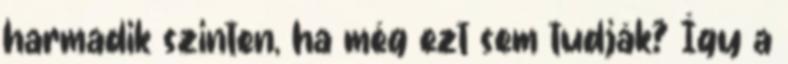
harmadik szinten, ha még ezt sem tudják? Így a